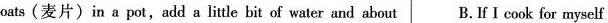
oats(麦片)in a pot,add a little bit of water and about B. If I cook for myself